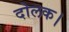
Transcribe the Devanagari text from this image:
दोलक।